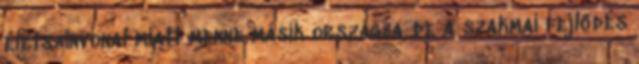
életszínvonal miatt menne másik országba, de a szakmai fejlődés